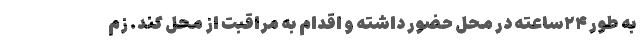
به طور ۲۴ساعته در محل حضور داشته و اقدام به مراقبت از محل کند. زم